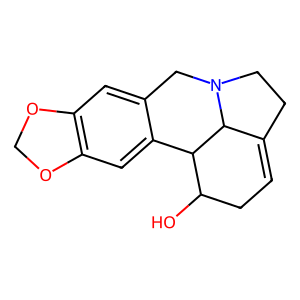
SMILES: OC1CC=C2CCN3Cc4cc5c(cc4C1C23)OCO5
Inhibits HIV replication: No